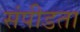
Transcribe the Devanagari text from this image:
संपीडता